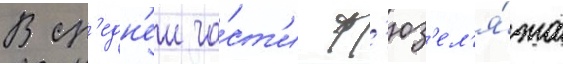
В ср'едн'еи ча́ст'и ф'юз'ел'я́жа